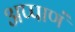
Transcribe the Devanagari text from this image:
अप्पाणं